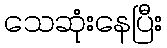
သေဆုံးနေပြီး